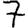
Digit: 7